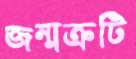
জন্মত্রুটি